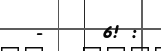
-     6! :